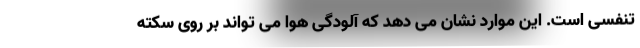
تنفسی است. این موارد نشان می دهد که آلودگی هوا می تواند بر روی سکته